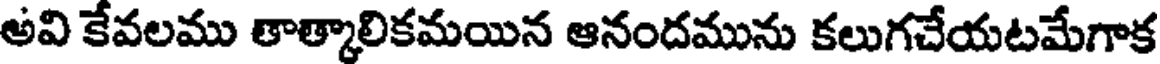
అవి కేవలము తాత్కాలికమయిన ఆనందమును కలుగచేయటమేగాక